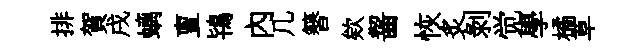
排賀戌螭亶鴇內几簮欸齧恢炙剝觉學橘草